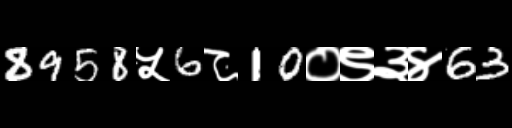
Text: 8958५6८10०९३४63